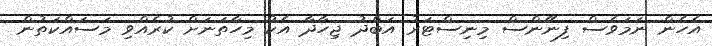
އެހެން ނަމަވެސް ފިނޭންސް މިނިސްޓަރު އަބްދު ޖިހާދާ އެކު މިހާތަނަށް ކުރެއްވި މަސައްކަތުން